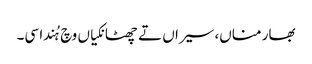
بھار مناں، سیراں تے چھٹانکیاں وچ ہُندا سی۔